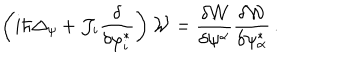
\left( i \hbar \Delta _ { \psi } + { \cal J } _ { i } \frac { \delta } { \delta \varphi _ { i } ^ { * } } \right) { \cal W } = \frac { \delta { \cal W } } { \delta \psi ^ { \alpha } } \frac { \delta { \cal W } } { \delta \psi _ { \alpha } ^ { * } } \, .